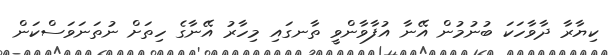
ކިޔާރާ ދާވާހަކަ ބުނުމުން އޭނާ އުފާވާންވީ ތާނގައި މިހާރު އޭނާގެ ހިތަށް ނުތަނަވަސްކަން